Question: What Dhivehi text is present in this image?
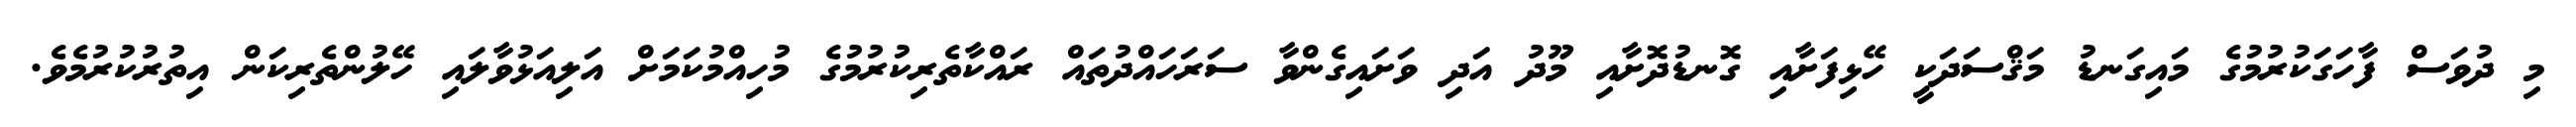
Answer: މި ދުވަސް ފާހަގަކުރުމުގެ މައިގަނޑު މަޤްސަދަކީ ހޭޅިފަށާއި ގޮނޑުދޮށާއި މޫދު އަދި ވަށައިގެންވާ ސަރަހައްދުތައް ރައްކާތެރިކުރުމުގެ މުހިއްމުކަމަށް އަލިއަޅުވާލައި ހޭލުންތެރިކަން އިތުރުކުރުމެވެ.